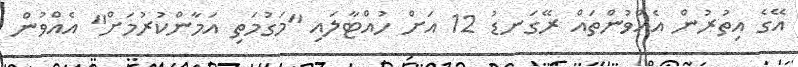
އޭގެ އިތުރުން އެއްވުންތައް ރޭގަނޑު 12 އަށް ހުއްޓާލައި "މަގުމަތި އަމާންކުރުމަށް" އެއްވުން